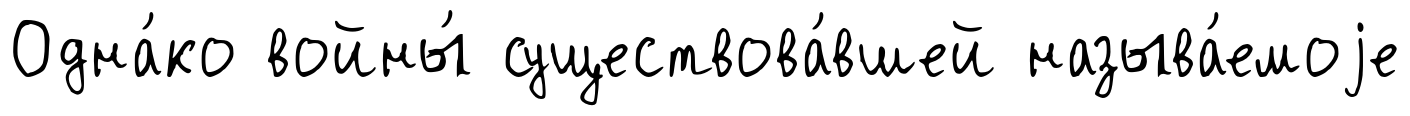
Одна́ко войны́ существова́вшей называ́емоjе